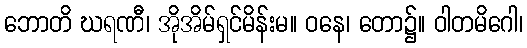
ဘောတိ ဃရဏီ၊ အိုအိမ်ရှင်မိန်းမ။ ဝနေ၊ တော၌။ ဝါတမိဂေါ၊